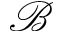
\mathcal { B }